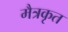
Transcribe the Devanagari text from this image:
मैत्रकृत